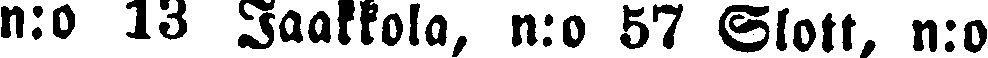
n:o 13 Jaakkola, n:o 57 Slott, n:o